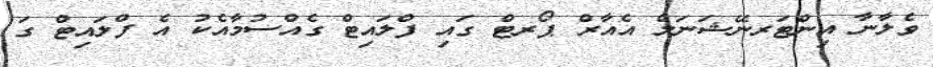
ވެލާނާ އިންޓަރނޭޝަނަލް އެއާރް ޕޯރޓް ގައި ފްލައިޓް ގެއްސުމާއެކު އެ ފްލައިޓް ގަ